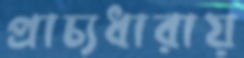
প্রাচ্যধারায়